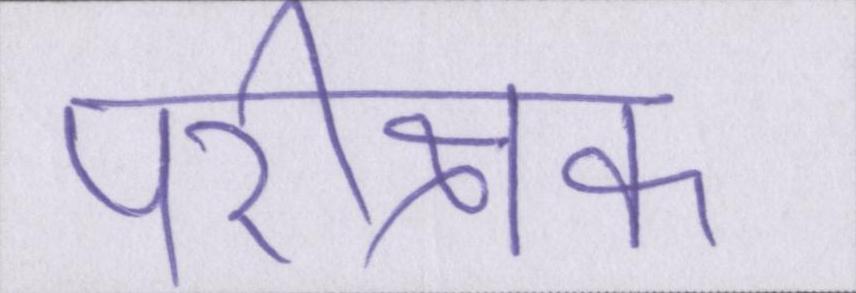
परीक्षक